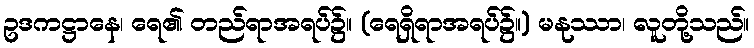
ဥဒကဋ္ဌာနေ၊ ရေ၏ တည်ရာအရပ်၌။ (ရေရှိရာအရပ်၌။) မနုဿာ၊ လူတို့သည်။